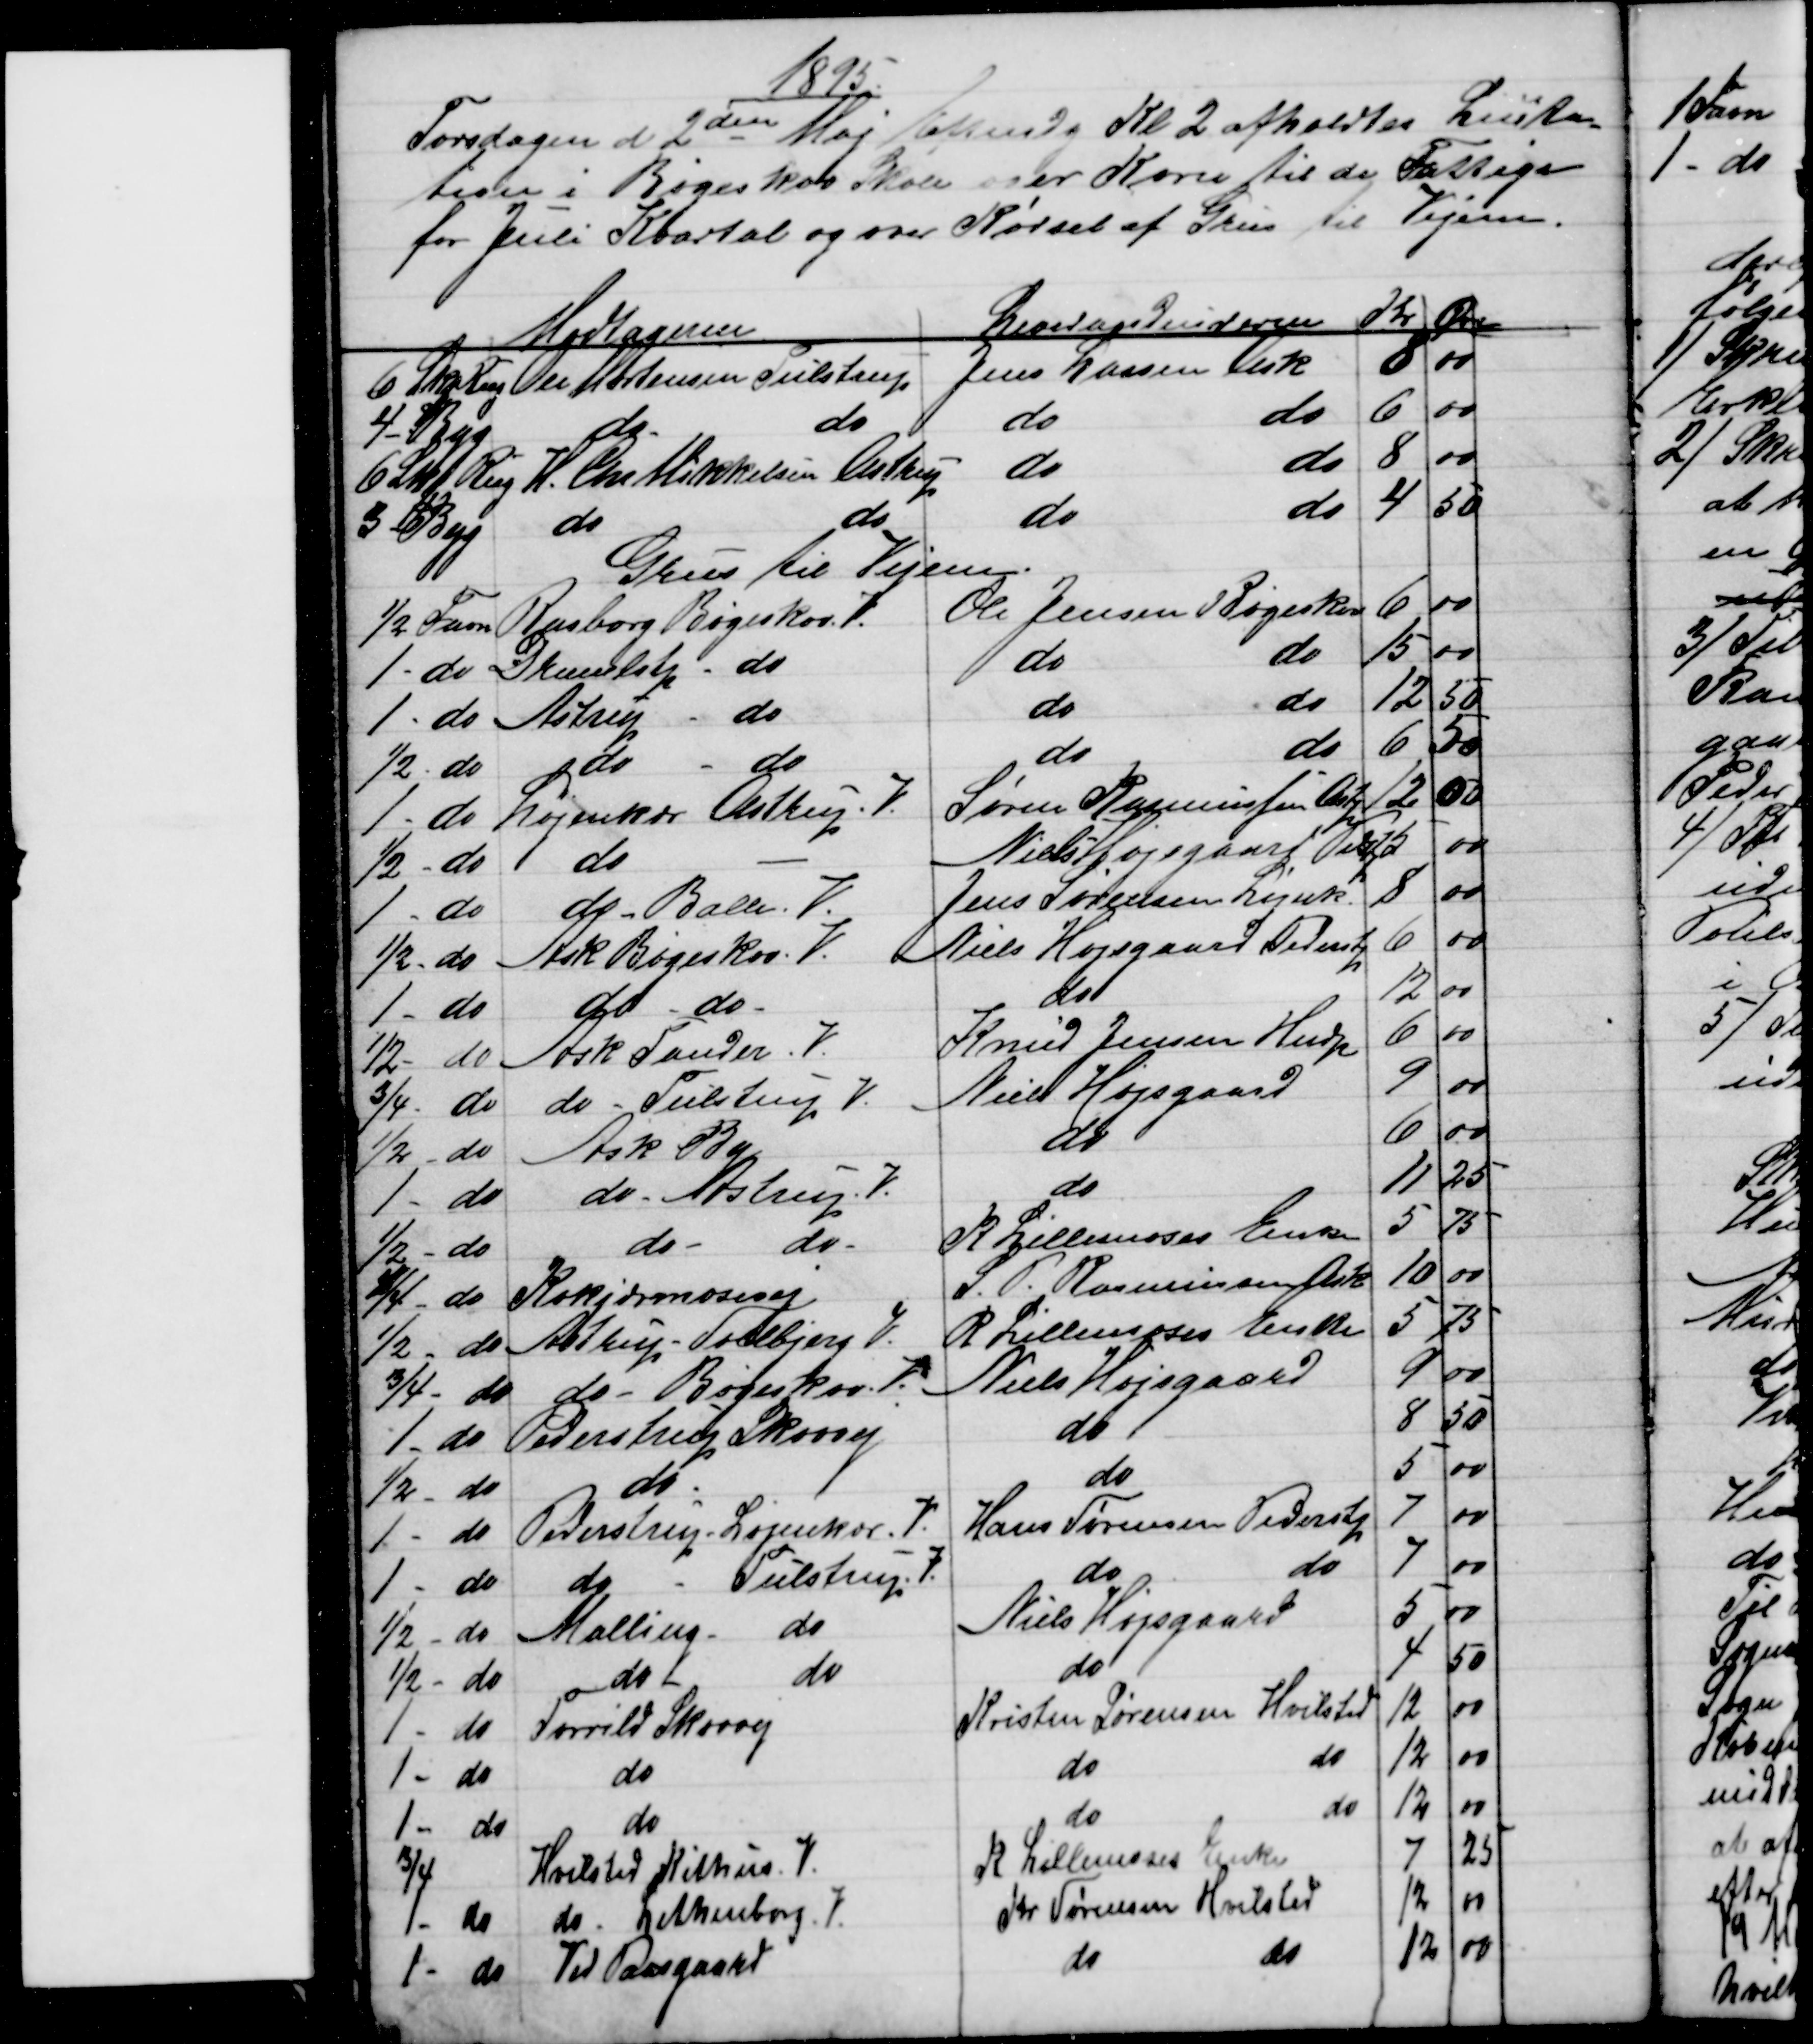
Transskription:
1895
Torsdagen d. 2den Maj Eftmdg Kl. 2 afholdtes Licita-
tion i Bøgeskov Skole over Korn til de Fattige
for Juli Kvartal og over Kørsel af Grus til Vejene.
Modtagerne
Leverandeurerne
Kr
Øre
6 Skp Rug
Ole Mortensen Tulstrup
Jens Larsen Ask
8
00
4 - Byg
do 
do
do 
do
6
00
6 Skp Rug 
H. Chr Mikkelsen Astrup
do
do
8
00
3 - Byg 
do
do
do
do
4
50
Grus til Vejene.
½ Favn
Rasborg Bøgeskov. V.
Ole Jensen Bøgeskov
6
00
1 - do
Dramlstp - do
do
do
15
00
1 - do 
Astrup do
do
do
12
50
½ - do
do
do
do
do
6
50
1 - do
Løjenkær Alstrup. V.
Søren Rasmussen Astp
12
00
½ - do
do 
Niels Højsgaard Pedstp
5
00
1 - do
do Balle. V.
Jens Sørensen Løjnk
8
00
½ - do
Ask Bøgeskov. V.
Niels Højsgaard Pederstp
6
00
1 - do
do - do. 
do
12
00
½ - do 
Ask Tander. V.
Knud Jensen Hndp
6
00
¾ - do
do - Tulstrup V.
Niels Højsgaard
9
00
½ - do 
Ask By
do
6
00
1 - do 
do - Astrup, V.
do
11
25
½ - do
do
do
R. Lillemoses Enke
5
75
4/4 - do
Kokjærmosevej
S. P. Rasmussen Ask
10
00
½ - do
Astrup Soelbjerg V.
R. Lillemoses Enke
5
75
¾ - do 
do - Bøgeskov V.
Niels Højsgaard
9
 00
1 - do
Pederstrup Skovvej
do
8
50
½ - do
do
do
5
00
1 - do
Pederstrup Løjenkær. V.
Hans Sørensen Pederstp
7
00
1 - do
do
Tulstrup V.
do
do
7
00
½ - do
Malling do
Niels Højsgaard
5
00
½ - do
do
do
do
4
50
1 - do
Torrild Skovvej
Kristen Sørensen Hvilsted
12
00
1 - do
do
do
do
12
00
1 - do
do
do
do
12
00
¾
Hvilsted Kithus. V.
R. Lillemoses Enke
7
25
1 - do
do. Lethenborg. V.
Kr Sørensen Hvilsted
12
00
1 - do
Ved Paasgaard
do
do
12
00